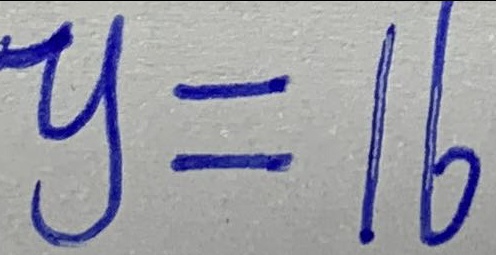
y = 1 6